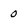
Character: 0